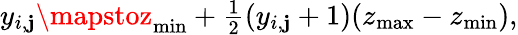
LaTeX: y_{i,\mathbf{j}}\mapstoz_{\operatorname*{min}}+\textstyle\frac{{1}}{{2}}(y_{i,\mathbf{j}}+1)(z_{\operatorname*{max}}-z_{\operatorname*{min}}),